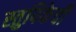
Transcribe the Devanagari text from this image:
स्तुपिकेची